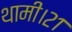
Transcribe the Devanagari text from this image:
थामी।२१